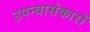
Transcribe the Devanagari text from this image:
उपन्यासंकारों